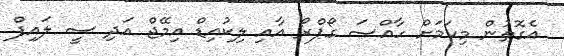
އެގޮތުން މިކަމަށް ހާއްސަ ގޯޕްރޯ އާއި ލިކުއިޑް އިމޭޖް އަދި ސީ ލައިފް